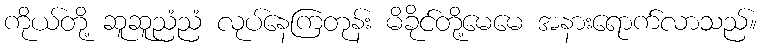
ကိုယ်တို့ ဆူဆူညံညံ လုပ်နေကြတုန်း မိခိုင်တို့မေမေ အနားရောက်လာသည်။